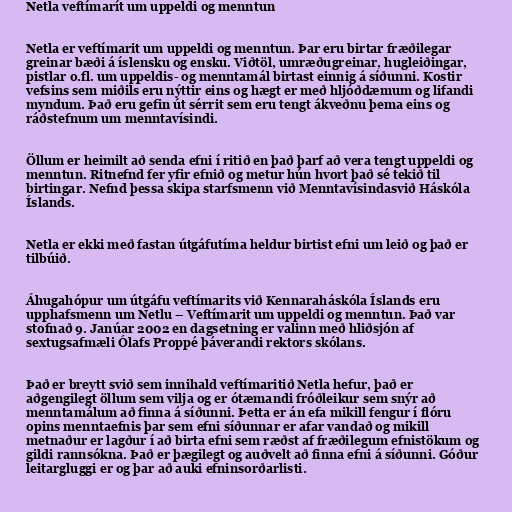
Netla veftímarít um uppeldi og menntun

Netla er veftímarit um uppeldi og menntun. Þar eru birtar fræðilegar
greinar bæði á íslensku og ensku. Viðtöl, umræðugreinar, hugleiðingar,
pistlar o.fl. um uppeldis- og menntamál birtast einnig á síðunni. Kostir
vefsins sem miðils eru nýttir eins og hægt er með hljóðdæmum og lifandi
myndum. Það eru gefin út sérrit sem eru tengt ákveðnu þema eins og
ráðstefnum um menntavísindi.

Öllum er heimilt að senda efni í ritið en það þarf að vera tengt uppeldi og
menntun. Ritnefnd fer yfir efnið og metur hún hvort það sé tekið til
birtingar. Nefnd þessa skipa starfsmenn við Menntavísindasvið Háskóla
Íslands.

Netla er ekki með fastan útgáfutíma heldur birtist efni um leið og það er
tilbúið.

Áhugahópur um útgáfu veftímarits við Kennaraháskóla Íslands eru
upphafsmenn um Netlu – Veftímarit um uppeldi og menntun. Það var
stofnað 9. Janúar 2002 en dagsetning er valinn með hliðsjón af
sextugsafmæli Ólafs Proppé þáverandi rektors skólans.

Það er breytt svið sem innihald veftímaritið Netla hefur, það er
aðgengilegt öllum sem vilja og er ótæmandi fróðleikur sem snýr að
menntamálum að finna á síðunni. Þetta er án efa mikill fengur í flóru
opins menntaefnis þar sem efni síðunnar er afar vandað og mikill
metnaður er lagður í að birta efni sem ræðst af fræðilegum efnistökum og
gildi rannsókna. Það er þægilegt og auðvelt að finna efni á síðunni. Góður
leitargluggi er og þar að auki efninsorðarlisti.